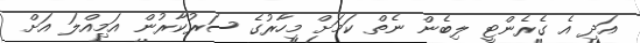
އަދި އެ ގެރެންޓީ ލިބެން ނެތް ކަމަށް މިހާރުގެ ސަރުކާރުން އަމިއްލަ އަށް